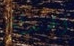
الهدنة